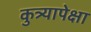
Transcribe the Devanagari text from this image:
कुत्र्यापेक्षा